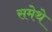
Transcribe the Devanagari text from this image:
समेथे